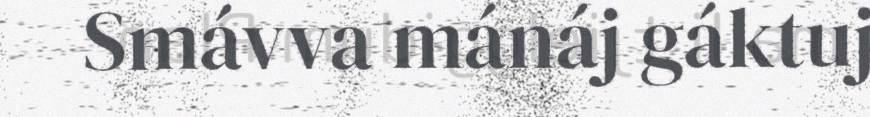
Smávva mánáj gáktuj